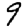
Digit: 9